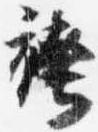
袴